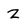
Character: Z